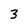
Character: 3